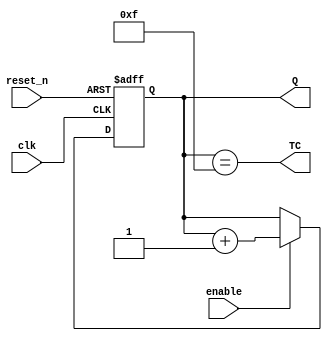
/*Contador 4 bits, reset asincrono*/
module 	cont4bits(clk, reset_n, enable, Q, TC);
input	 clk, reset_n, enable;
output reg [3:0] Q;
output	       TC;
wire final_cuenta;
always @(posedge clk or negedge reset_n)
begin
    #0;
   if (reset_n==1'b0)
     Q <= 4'b0000;
  else
    if (enable)
    	Q <= Q + 1'b1;
end
//terminal count

assign final_cuenta = (Q == 4'b1111);
assign TC = final_cuenta;
endmodule